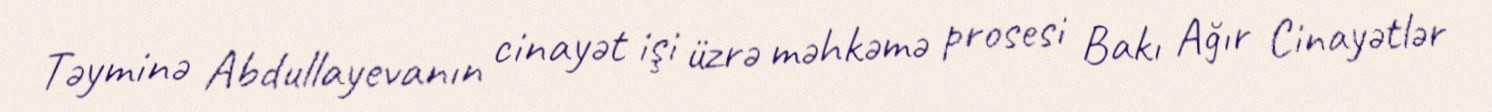
Təyminə Abdullayevanın cinayət işi üzrə məhkəmə prosesi Bakı Ağır Cinayətlər